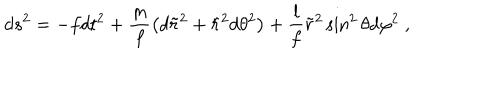
d s ^ { 2 } = - f d t ^ { 2 } + \frac { m } { f } \left( d \tilde { r } ^ { 2 } + \tilde { r } ^ { 2 } d \theta ^ { 2 } \right) + \frac { l } { f } \tilde { r } ^ { 2 } \sin ^ { 2 } \theta d \varphi ^ { 2 } \ ,